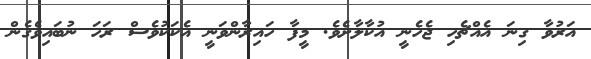
އަރުވާ ގިނަ އެއްޗެހި ޖެހެނީ އުކާލާށެވެ. މީފާ ހައިރާންވަނީ އެކަކުވެސް ރަހަ ނުބައިވެގެން